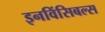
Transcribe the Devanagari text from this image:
इनविंसिबल्स